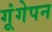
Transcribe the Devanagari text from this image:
गूंगेपन